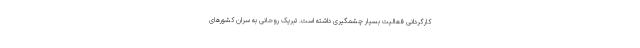
کارگردانی فعالیت بسیار چشمگیری داشته است. تبریک روحانی به سران کشورهای